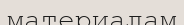
материалам